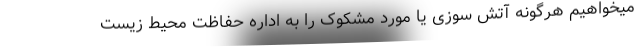
میخواهیم هرگونه آتش سوزی یا مورد مشکوک را به اداره حفاظت محیط زیست